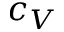
c _ { V }